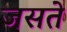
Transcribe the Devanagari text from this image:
जसते